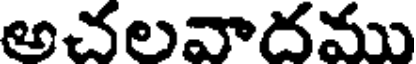
అచలవాదము